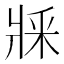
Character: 𤕽